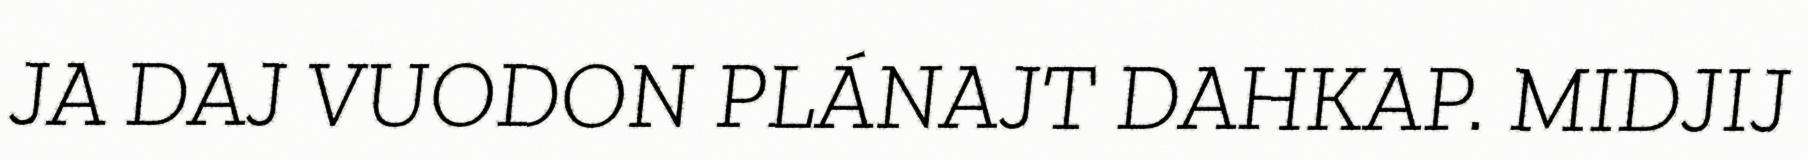
JA DAJ VUODON PLÁNAJT DAHKAP. MIDJIJ